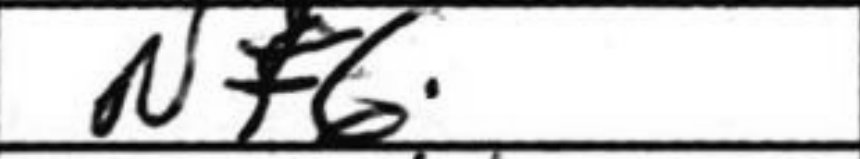
Transcription: Nf6